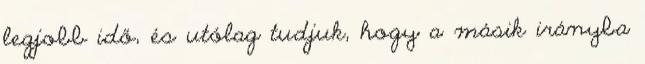
legjobb idő, és utólag tudjuk, hogy a másik irányba